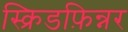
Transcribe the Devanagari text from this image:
स्क्रिडफ़िन्नर